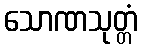
သောဏသုတ္တံ